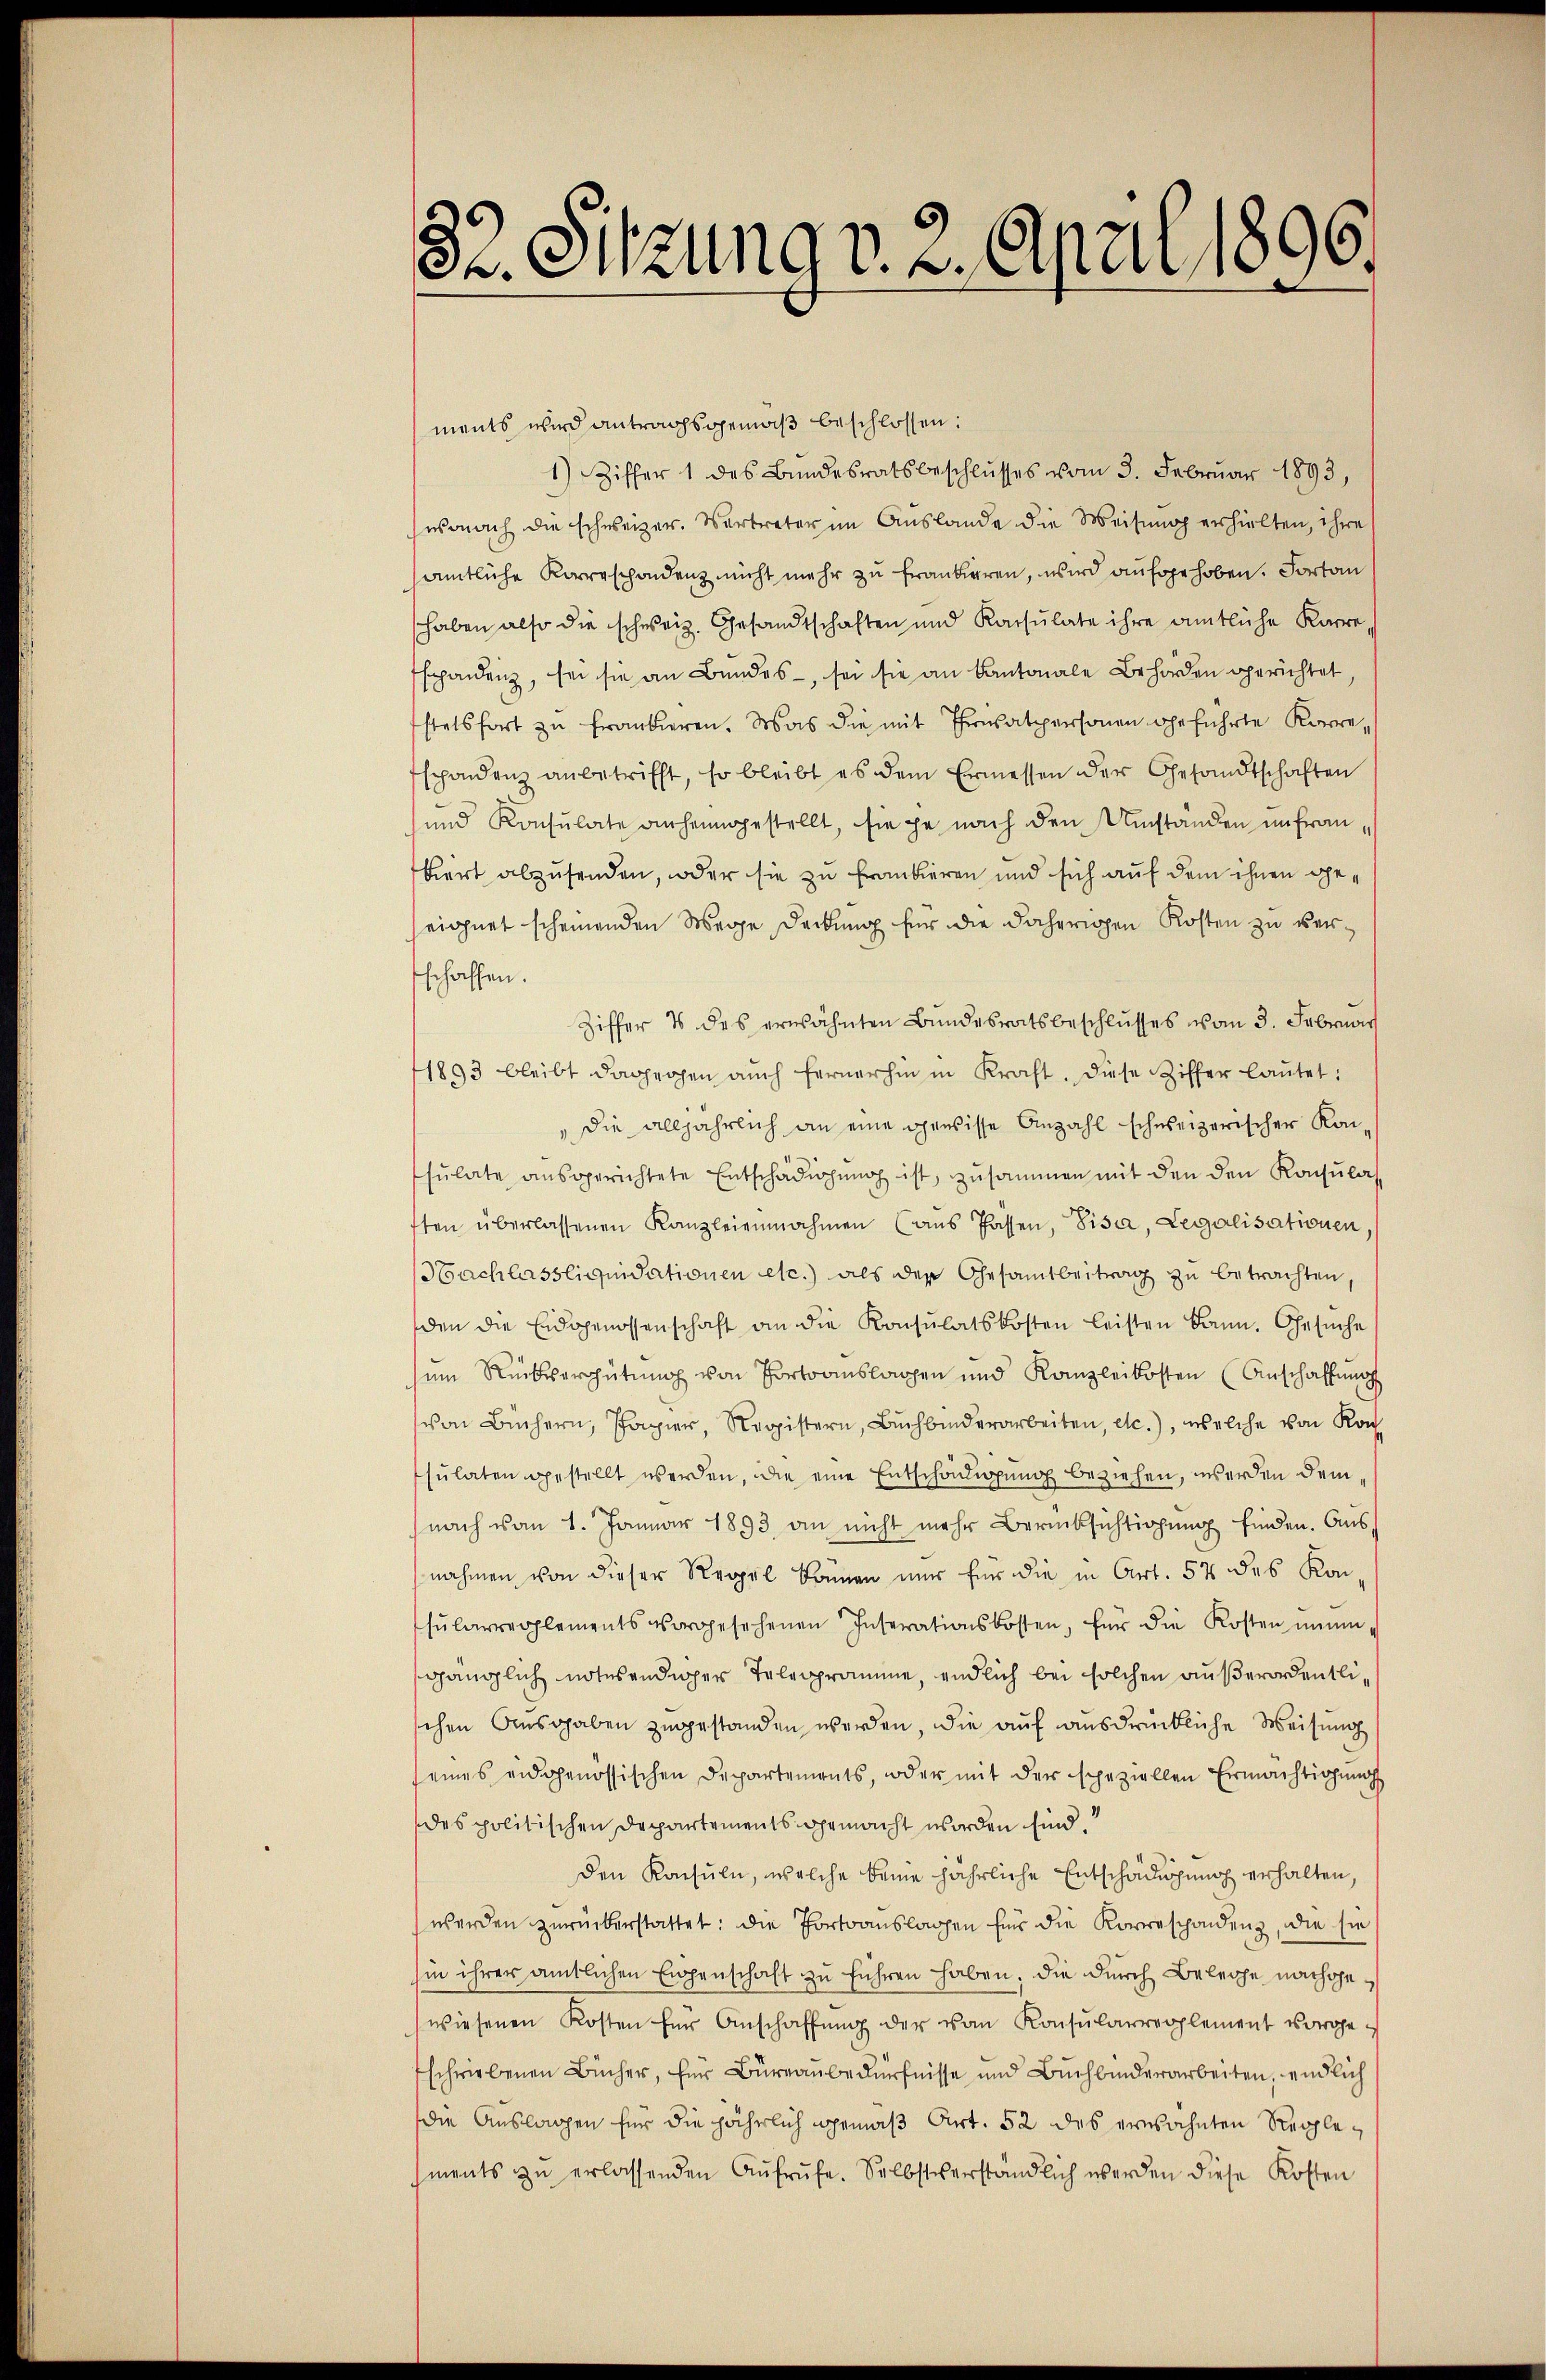
ments wird antragsgemäß beschlossen:
1) Ziffer 1 des Bŭndesratsbeschlŭsses vom 3. Februar 1893,
wonach die schweizer. Vertreter im Auslande die Weisung erhielten, ihre
amtliche Korreschondenz nicht mehr zu frankieren, wird aufgehoben. Fortan
haben also die schweiz. Gesandtschaften und Konsulate ihre amtliche Karre
spondenz, sei sie an Bundes, sei sie an Kantonale Behörden gerichtet,
stetsfort zu frankieren. Was die mit Trasatpersonen geführte Korres
spondenz anbetrifft, so bleibt es dem Ermessen der Gesandtschaften
und Konsulate anheimgestellt, sie je nach den Umstanden infrau,
biert abzusenden, oder sie zu frankieren und sich auf dem ihnen geeichnet scheinenden Wege Deckung für die daherigen Kosten zu verschaffen.
Ziffer 4 des erwähnten Bundesratsbeschlŭsses vom 3. Februar
1893 bleibt dagegen aŭch fernerhin in Kraft. Diese Ziffer laŭtet:
"die alljährlich an eine gewisse Anzahl schweizerischer Konsŭlate aŭsgerichtete Entschädigŭng ist, zusammen mit den den Konsŭlas-
ften überlassenen Kanzleiennahmen (aus Passen, Pisa, Legalisationen,
Hachlassliquidationen etc.) als der Gesamtbeitrag zu betrachten,
den die Eidgenossenschaft an die Konsulatskosten leisten kann. Gesuche
sem Rückvergütung von Portoauslagen und Kanzleikosten (Anschaffŭng
von Büchern, Papier, Registern, Bŭchbinderarbeiten, etc.), welche von Kon
sŭlaten gestellt werden, die eine Entschädigung beziehen, werden dem
nach vom 1. Januar 1893 an nicht mehr Berücksichtigung finden. Aus
nahmen von dieser Regel können nur für die in Art. 57 des Kon
sŭlarreglements vorgesehenen Inserationskosten, für die Kosten immen,
gänglich notwendiger Telegramme, endlich bei solchen außerordentlichen Ausgaben zugestanden werden, die auf ausdrückliche Weisung
seines eidgenössischen Departements, oder mit der speziellen Ermächtigŭng
des politischen Departements gemacht worden sind.
den Konsuln, welche keine jährliche Entschädigung erhalten,
werden zŭrückerstattet: die Portoauslagen für die Korrespondenz, die hie
hin ihrer amtlichen Eigenschaft zu führen haben, die durch Beleihe nachgewiesenen Kosten für Anschaffŭng der von Konsularrerplement vorgeschriebenen Bücher, für Büreaubedürfnisse und Buchbinderarbeiten, endlich
die Auslagen für die jährlich gemäß Art. 52 des erwähnten Reglements zŭ erlassenden Aŭfrŭfe. Selbstverständlich werden diese Kosten

22. 31tzung v. 2. April 1896.